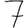
Digit: 7